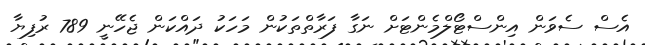
އެސް ސެވަން އިންސްޓޯލްމެންޓަށް ނަގާ ފަރާތްތަކުން މަހަކު ދައްކަން ޖެހޭނީ 789 ރުފިޔާ